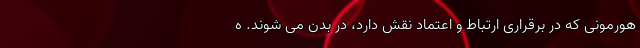
هورمونی که در برقراری ارتباط و اعتماد نقش دارد، در بدن می شوند. ه